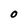
Character: O